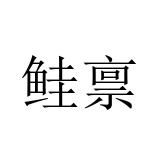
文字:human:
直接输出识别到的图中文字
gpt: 鲑禀